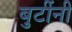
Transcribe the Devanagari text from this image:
बुटींनी